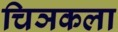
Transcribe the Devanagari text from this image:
चिञकला